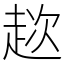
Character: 趑